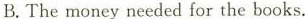
B.The money needed for the books.